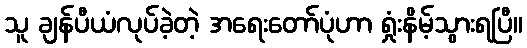
သူ ချန်ပီယံလုပ်ခဲ့တဲ့ အရေးတော်ပုံဟာ ရှုံးနိမ့်သွားရပြီ။